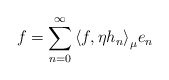
\begin{align*} f=\sum_{n=0}^{\infty}{\langle f,\eta h_n\rangle}_{\mu} e_n\end{align*}